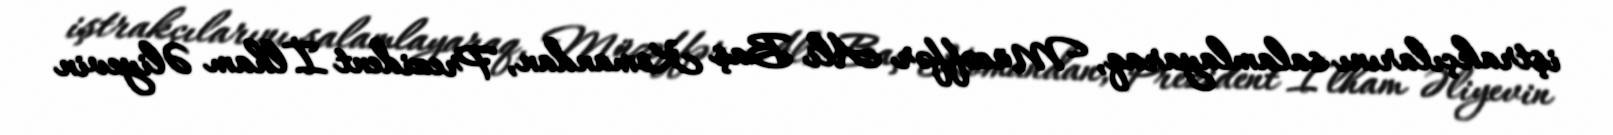
iştrakçılarını salamlayaraq, Müzəffər Ali Baş Komandan, Prezident İlham Əliyevin